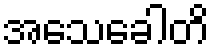
အသေခေါတိ